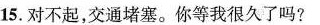
15.对不起,交通堵塞.你等我很久了吗?